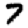
Digit: 7